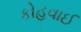
કોહવાઈ